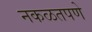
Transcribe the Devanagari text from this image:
नकळतपणे